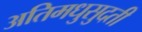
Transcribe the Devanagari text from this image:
अतिमधुसुदती